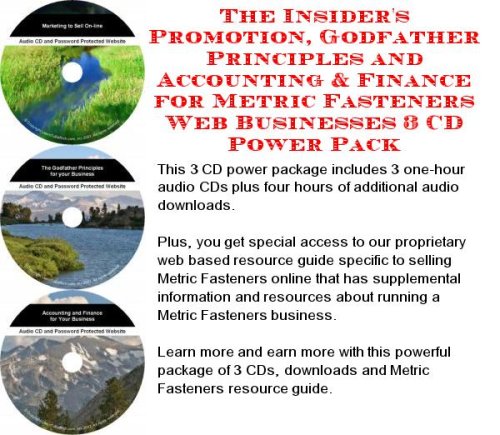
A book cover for The Insider's Promotion, Godfather Principles and Accounting & Finance for Metric Fasteners Web Businesses 3 CD Power Pack; James X. Smith; Computers & Technology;